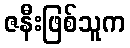
ဇနီးဖြစ်သူက